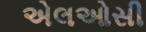
એલઓસી